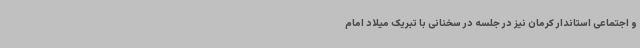
و اجتماعی استاندار کرمان نیز در جلسه در سخنانی با تبریک میلاد امام